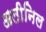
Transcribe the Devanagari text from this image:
अतीनिल